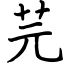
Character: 芫